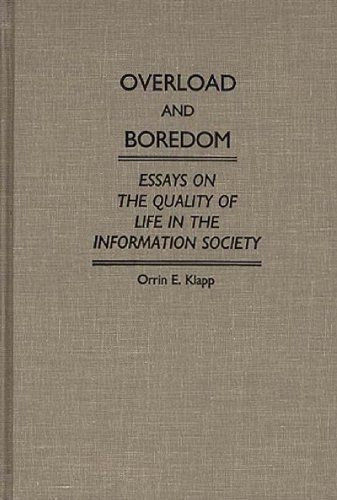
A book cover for Overload and Boredom: Essays on the Quality of Life in the Information Society (Contributions in Sociology); Orrin Klapp; Science & Math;